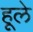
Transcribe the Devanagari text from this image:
हूले